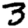
Digit: 3